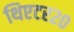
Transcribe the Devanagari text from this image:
थिएटर२०